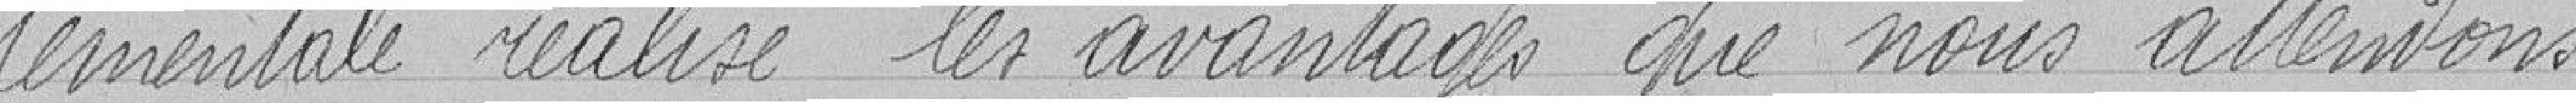
tementale réalise les avantages que nous attendons.